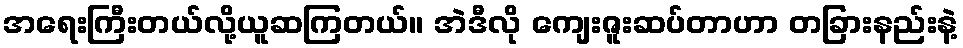
အရေးကြီးတယ်လို့ယူဆကြတယ်။ အဲဒီလို ကျေးဇူးဆပ်တာဟာ တခြားနည်းနဲ့